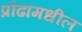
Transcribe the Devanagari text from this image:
प्रौढामधील